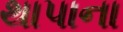
થાપાના